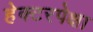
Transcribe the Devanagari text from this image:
हेक्टरपेक्षा